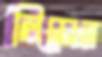
লিয়েন